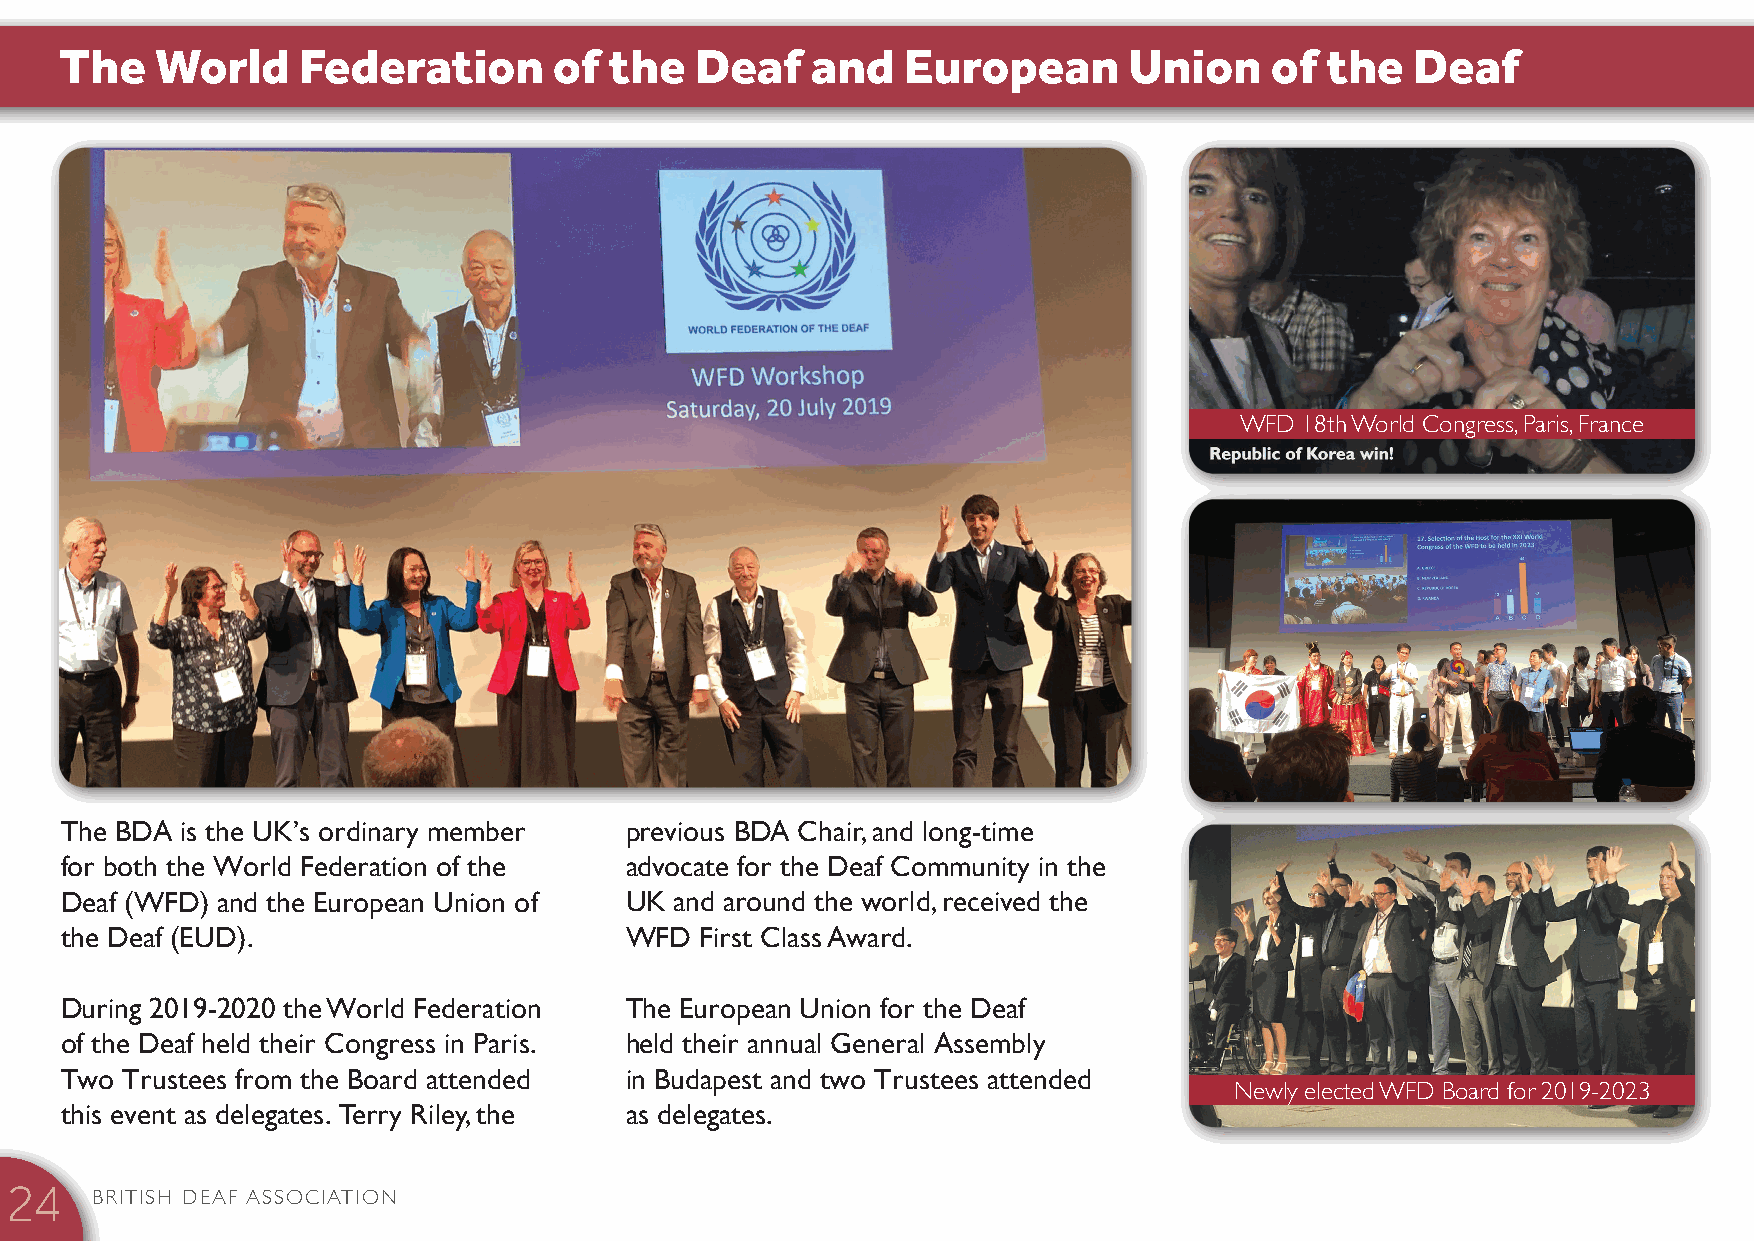
The   World     Federation       of the   Deaf    and   European       Union    of  the   Deaf
 WFD 18th World Congress, Paris, France
 The BDA is the UK’s ordinary member  previous BDA Chair, and long-time
 for both the World Federation of the advocate for the Deaf Community in the
 Deaf (WFD) and the European Union of UK  and around the world, received the
 the Deaf (EUD).                      WFD  First Class Award.
 During 2019-2020 the World Federation The European Union for the Deaf
 of the Deaf held their Congress in Paris. held their annual General Assembly
 Two Trustees from the Board attended in Budapest and two Trustees attended
 Newly elected WFD Board for 2019-2023
 this event as delegates. Terry Riley, the as delegates.
 BRITISH DEAF ASSOCIATION
 24